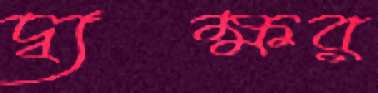
দ্ব্যক্ষর